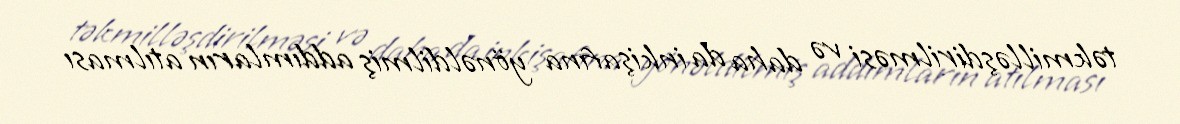
təkmilləşdirilməsi və daha da inkişafına yönəldilmiş addımların atılması